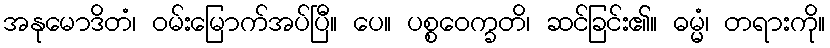
အနုမောဒိတံ၊ ဝမ်းမြောက်အပ်ပြီ။ ပေ။ ပစ္စဝေက္ခတိ၊ ဆင်ခြင်း၏။ ဓမ္မံ၊ တရားကို။